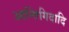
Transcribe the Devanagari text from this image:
आन्तिगिदादि